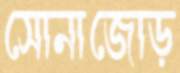
সোনাজোড়